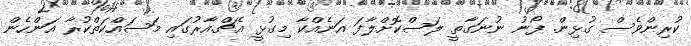
ކުރިންވެސް ގުޅިން. ފޯނު ނުނަގާތީ ލަސްކޮށްލާފަ އަނެއްކާ މިގުޅީ އެޗް.އާރުގައި މަސައްކަތްކުރާ އަންހެން